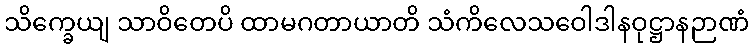
သိက္ခေယျ သာဝိတေပိ ထာမဂတာယာတိ သံကိလေသဝေါဒါနဝုဋ္ဌာနဉာဏံ